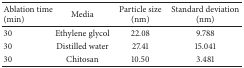
<table><thead><tr><td><b>Ablation time (min)</b></td><td><b>Media</b></td><td><b>Particle size (nm)</b></td><td><b>Standard deviation (nm)</b></td></tr></thead><tbody><tr><td>30</td><td>Ethylene glycol</td><td>22.08</td><td>9.788</td></tr><tr><td>30</td><td>Distilled water</td><td>27.41</td><td>15.041</td></tr><tr><td>30</td><td>Chitosan</td><td>10.50 </td><td>3.481</td></tr></tbody></table>